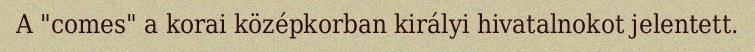
A "comes" a korai középkorban királyi hivatalnokot jelentett.